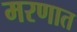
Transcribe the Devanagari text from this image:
मरणात